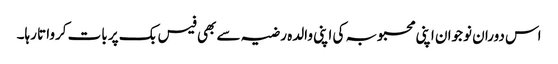
اس دوران نوجوان اپنی محبوبہ کی اپنی والدہ رضیہ سے بھی فیس بک پر بات کرواتا رہا۔